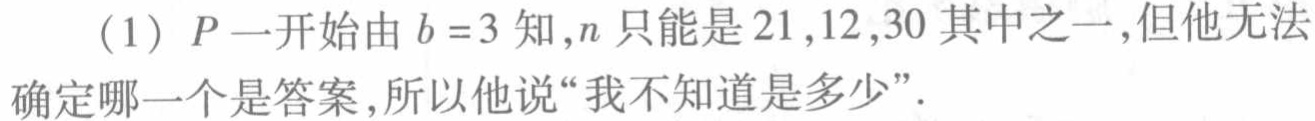
（1）$P$一开始由$b = 3$知，$n$只能是$21,12,30$其中之一，但他无法确定哪一个是答案，所以他说“我不知道是多少”．